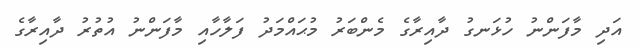
އަދި މާފަންނު ހުޅަނގު ދާއިރާގެ މެންބަރު މުޙައްމަދު ފަލާހާއި މާފަންނު އުތުރު ދާއިރާގެ